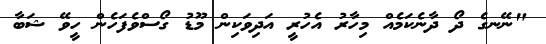
"ނޭނގެ ދޯ ދާނެކަމެއް މިހާރު އެހުރީ އަދިވަކިން މޫޑު ގޯސްވެފަހެން ހީވޭ ޝަބާ